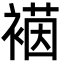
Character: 𮖡